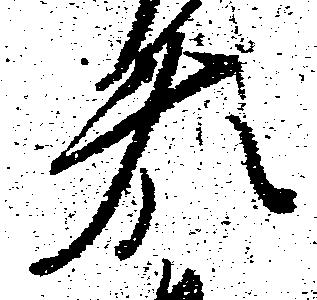
藤